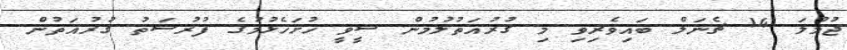
ޖުމްލަ 14 ޗެނަލް ބައިވެރިވި މި ޤުރުއަތުލުމުން ސީވީ ހުށަހެޅުމުގެ ފުރުސަތު ގުރުއަތުން